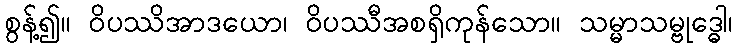
စွန့်၍။ ဝိပဿိအာဒယော၊ ဝိပဿီအစရှိကုန်သော။ သမ္မာသမ္ဗုဒ္ဓေါ၊